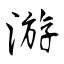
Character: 游